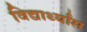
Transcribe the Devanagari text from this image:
विद्यार्थ्यांस